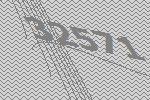
32571